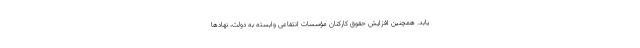
یابد. همچنین افزایش حقوق کارکنان مؤسسات انتفاعی وابسته به دولت، نهادها